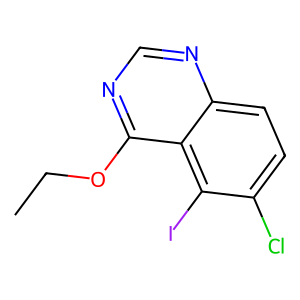
SMILES: CCOc1ncnc2ccc(Cl)c(I)c12
Inhibits HIV replication: No